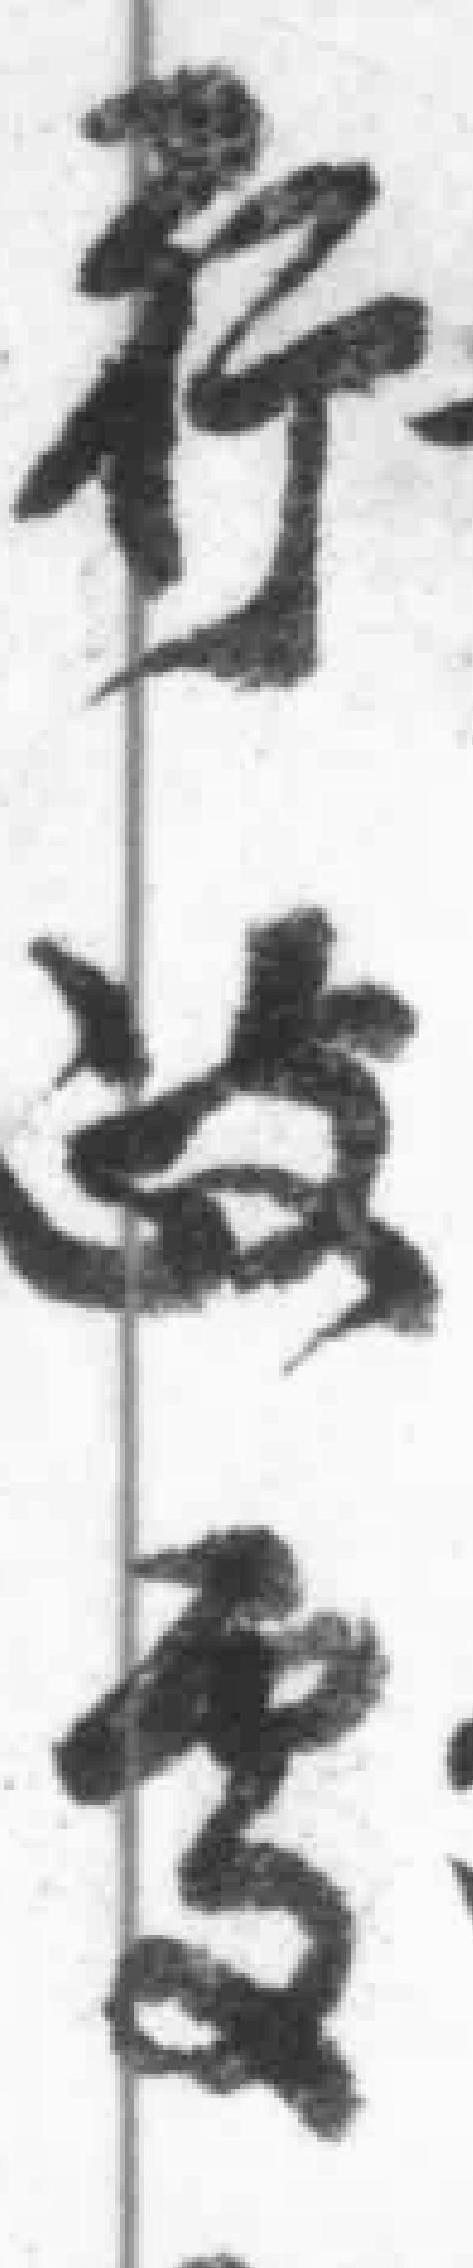
行*